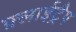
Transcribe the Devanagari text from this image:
फ़्लाईट्रैप